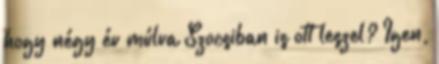
hogy négy év múlva Szocsiban is ott leszel? Igen,